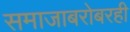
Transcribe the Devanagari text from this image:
समाजाबरोबरही